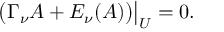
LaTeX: \bigl ( \Gamma _ { \nu } A + E _ { \nu } ( A ) \bigr ) \big | _ { U } = 0 .